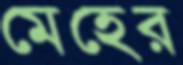
মেহের